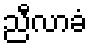
ညီလာခံ